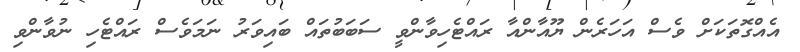
އެއްގޮތަކަށް ވެސް އަހަރެން ޔޫއާންއާ ރައްޓެހިވާންވީ ސަބަބުތައް ބައިވަރު ނަމަވެސް ރައްޓެހި ނުވާންވި